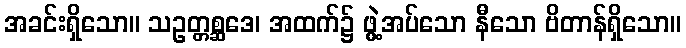
အခင်းရှိသော။ သဥတ္တစ္ဆဒေ၊ အထက်၌ ဖွဲ့အပ်သော နီသော ဗိတာန်ရှိသော။